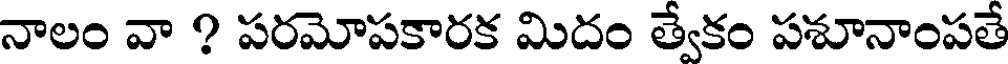
నాలం వా ? పరమోపకారక మిదం త్వేకం పశూనాంపతే